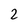
Character: 2